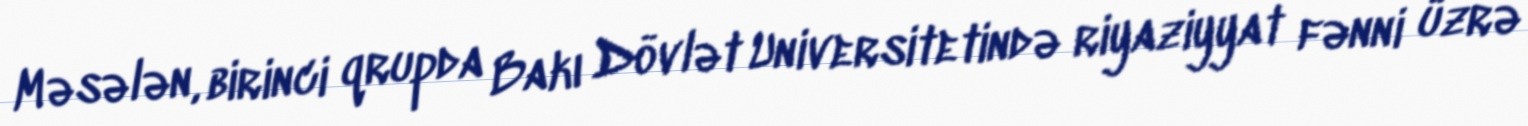
Məsələn, birinci qrupda Bakı Dövlət Universitetində riyaziyyat fənni üzrə